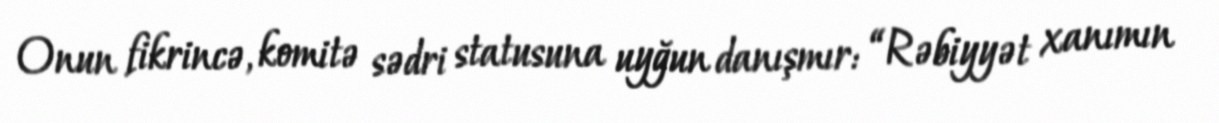
Onun fikrincə, komitə sədri statusuna uyğun danışmır: “Rəbiyyət xanımın